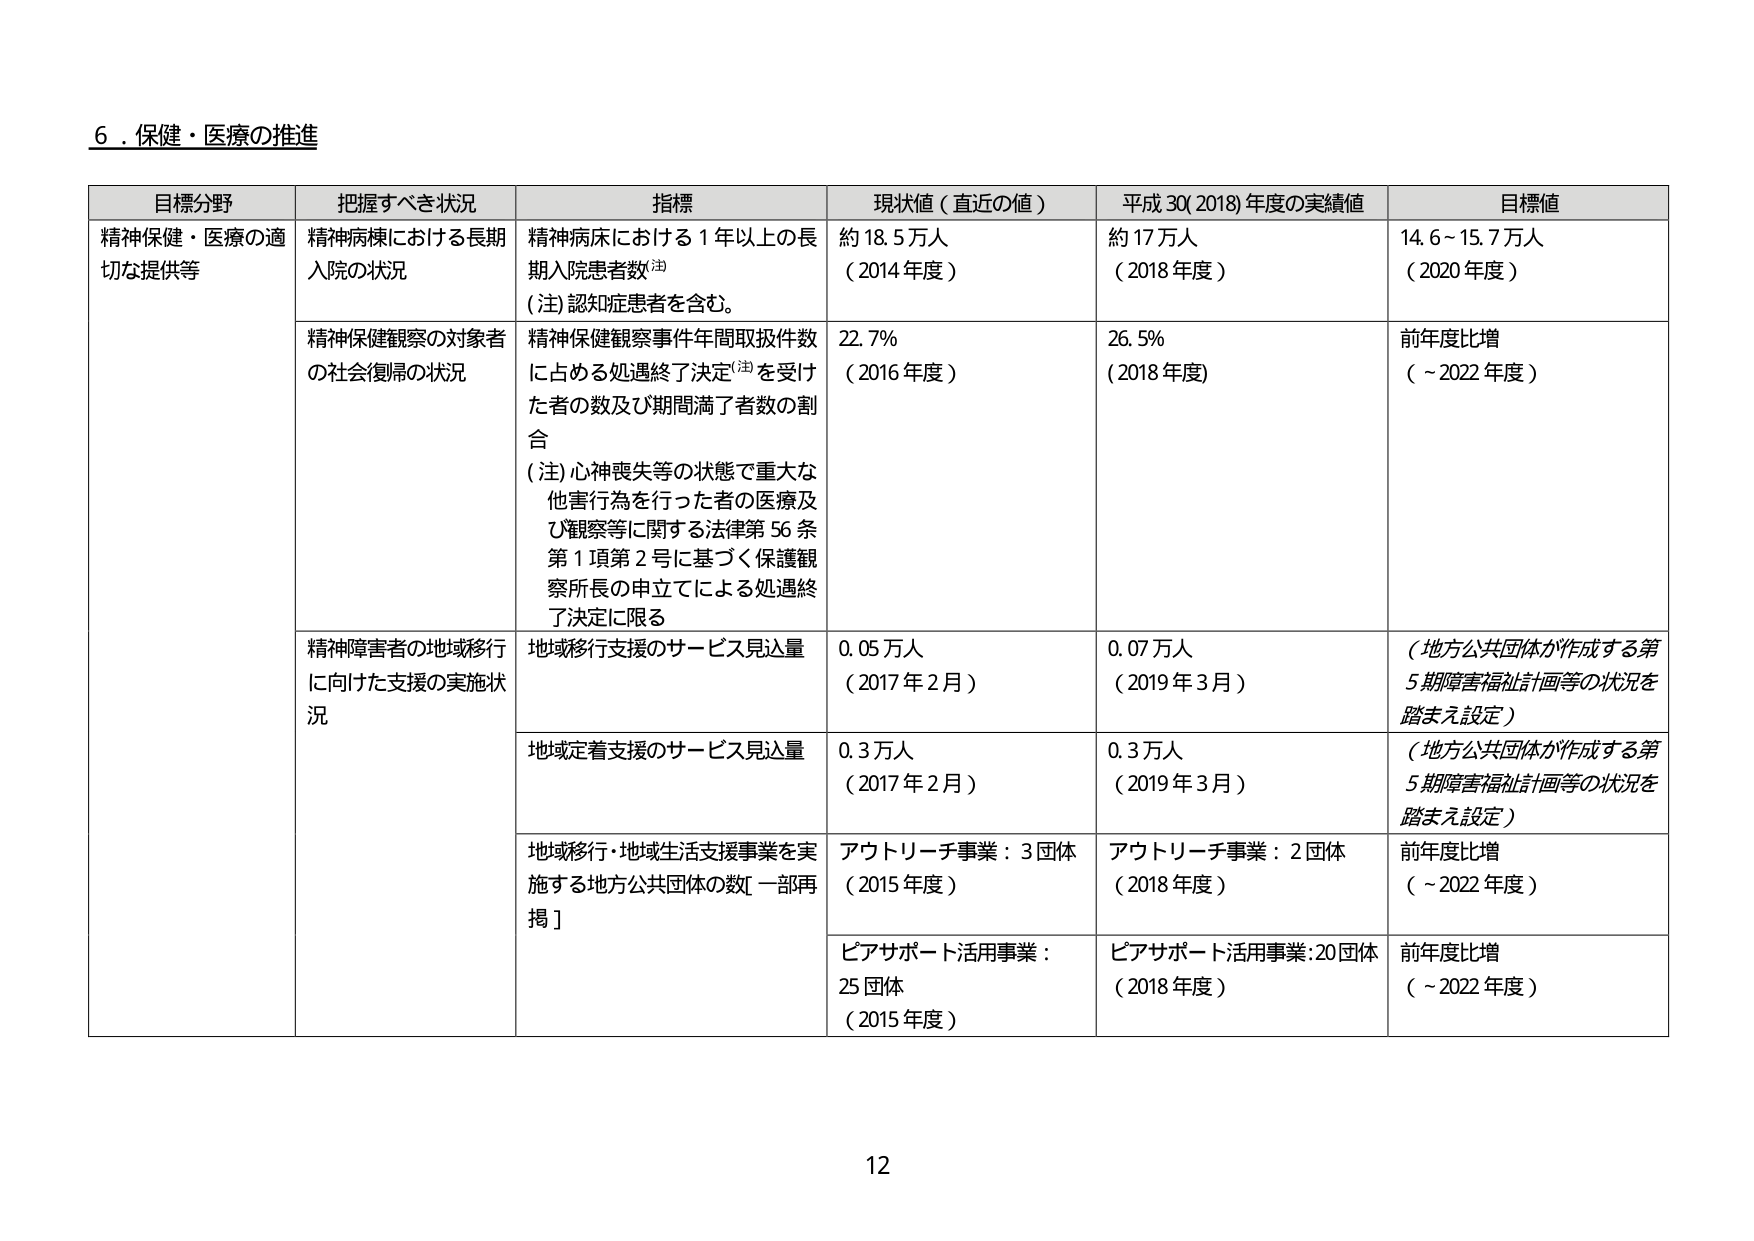
6．保健・医療の推進

目標分野 把握すべき状況 指標 現状値（直近の値） 平成30(2018)年度の実績値 目標値
精神保健・医療の適切な提供等 精神病棟における長期入院の状況 精神病床における1年以上の長期入院患者数(注) (注)認知症患者を含む。 約18.5万人 (2014年度) 約17万人 (2018年度) 14.6～15.7万人 (2020年度)
精神保健観察の対象者の社会復帰の状況 精神保健観察事件年間取扱件数に占める処遇終了決定(注)を受けた者の数及び期間満了者数の割合 (注)心神喪失等の状態で重大な他害行為を行った者の医療及び観察等に関する法律第56条第1項第2号に基づく保護観察所長の申立てによる処遇終了決定に限る 22.7% (2016年度) 26.5% (2018年度) 前年度比増 (~2022年度)
精神障害者の地域移行に向けた支援の実施状況 地域移行支援のサービス見込量 0.05万人 (2017年2月) 0.07万人 (2019年3月) （地方公共団体が作成する第5期障害福祉計画等の状況を踏まえ設定）
地域定着支援のサービス見込量 0.3万人 (2017年2月) 0.3万人 (2019年3月) （地方公共団体が作成する第5期障害福祉計画等の状況を踏まえ設定）
地域移行・地域生活支援事業を実施する地方公共団体の数[一部再掲] アウトリーチ事業：3団体 (2015年度) アウトリーチ事業：2団体 (2018年度) 前年度比増 (~2022年度)
ピアサポート活用事業：25団体 (2015年度) ピアサポート活用事業:20団体 (2018年度) 前年度比増 (~2022年度)

12